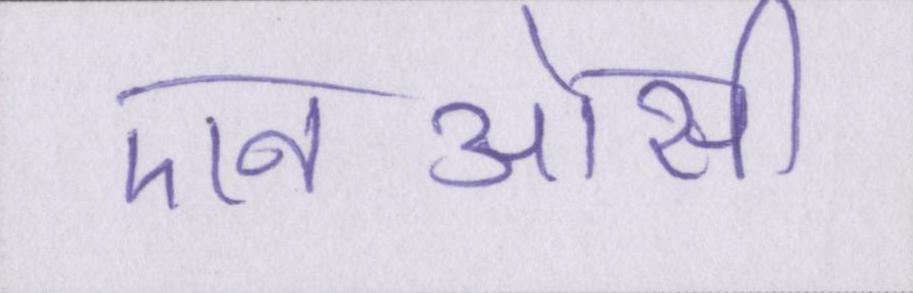
एनओसी